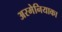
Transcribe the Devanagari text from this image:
अरमेनियाका